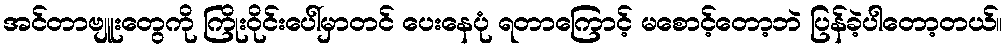
အင်တာဗျူးတွေကို ကြိုးဝိုင်းပေါ်မှာတင် ပေးနေပုံ ရတာကြောင့် မစောင့်တော့ဘဲ ပြန်ခဲ့ပါတော့တယ်။